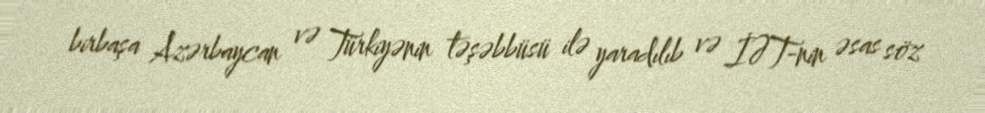
birbaşa Azərbaycan və Türkiyənin təşəbbüsü ilə yaradılıb və İƏT-nin əsas söz